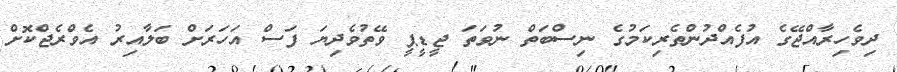
ދިވެހިރާއްޖޭގެ އުފެއްދުންތެރިކަމުގެ ނިސްބަތް ނުވަތަ ޖީޑީޕީ ވޭތުވެދިޔަ ފަސް އަހަރަށް ބަލާއިރު އެވްރެޖްކޮށް